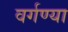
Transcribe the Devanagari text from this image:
वर्गण्या